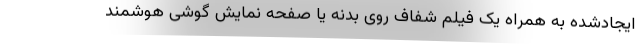
ایجادشده به همراه یک فیلم شفاف روی بدنه یا صفحه نمایش گوشی هوشمند